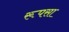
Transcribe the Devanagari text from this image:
रूपसा